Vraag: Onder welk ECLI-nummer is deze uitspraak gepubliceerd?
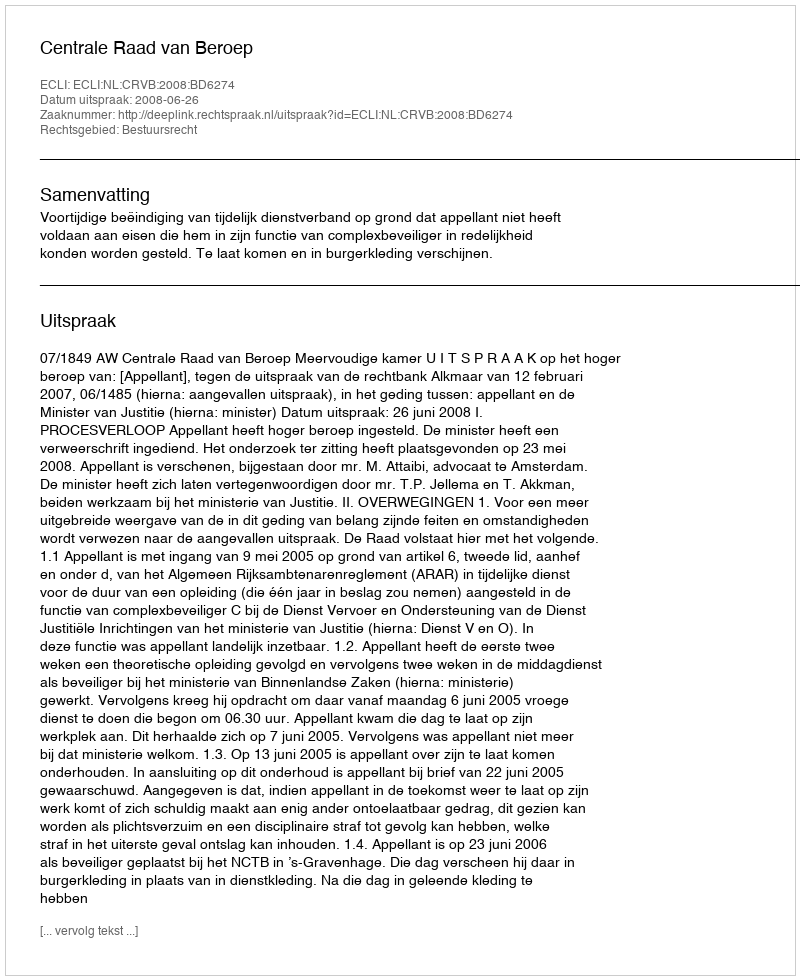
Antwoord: ECLI:NL:CRVB:2008:BD6274